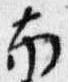
南